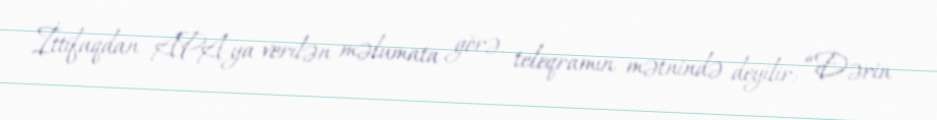
İttifaqdan APA-ya verilən məlumata görə, teleqramın mətnində deyilir: “Dərin